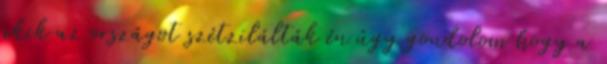
akik az országot szétzilálták én úgy gondolom hogy a